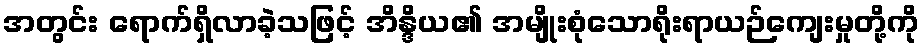
အတွင်း ရောက်ရှိလာခဲ့သဖြင့် အိန္ဒိယ၏ အမျိုးစုံသောရိုးရာယဉ်ကျေးမှုတို့ကို